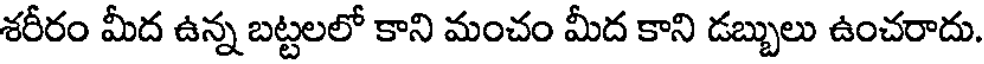
శరీరం మీద ఉన్న బట్టలలో కాని మంచం మీద కాని డబ్బులు ఉంచరాదు.